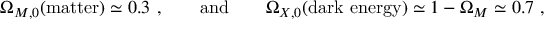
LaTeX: \Omega _ { M , 0 } ( \mathrm { m a t t e r } ) \simeq 0 . 3 ~ , \qquad \mathrm { a n d } \qquad \Omega _ { X , 0 } ( \mathrm { d a r k ~ e n e r g y } ) \simeq 1 - \Omega _ { M } \simeq 0 . 7 ~ ,